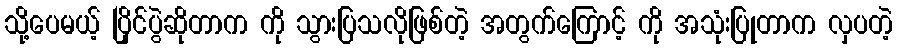
သို့ပေမယ့် ပြိုင်ပွဲဆိုတာက ကို သွားပြသလိုဖြစ်တဲ့ အတွက်ကြောင့် ကို အသုံးပြုတာက လှပတဲ့